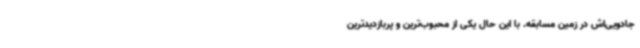
جادویی‌اش در زمین مسابقه. با این حال یکی از محبوب‌ترین و پربازدیدترین